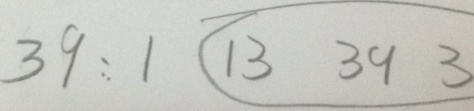
3 9 : 1 1 3 3 9 3